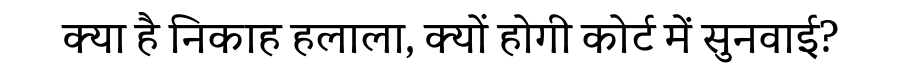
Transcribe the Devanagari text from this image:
क्या है निकाह हलाला, क्यों होगी कोर्ट में सुनवाई?